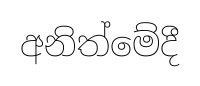
අනිත්මේදී